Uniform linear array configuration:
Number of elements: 24
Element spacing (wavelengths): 1
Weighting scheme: kaiser
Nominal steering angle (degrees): -15
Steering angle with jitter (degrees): -14.504
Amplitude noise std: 0.05
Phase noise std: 0.05

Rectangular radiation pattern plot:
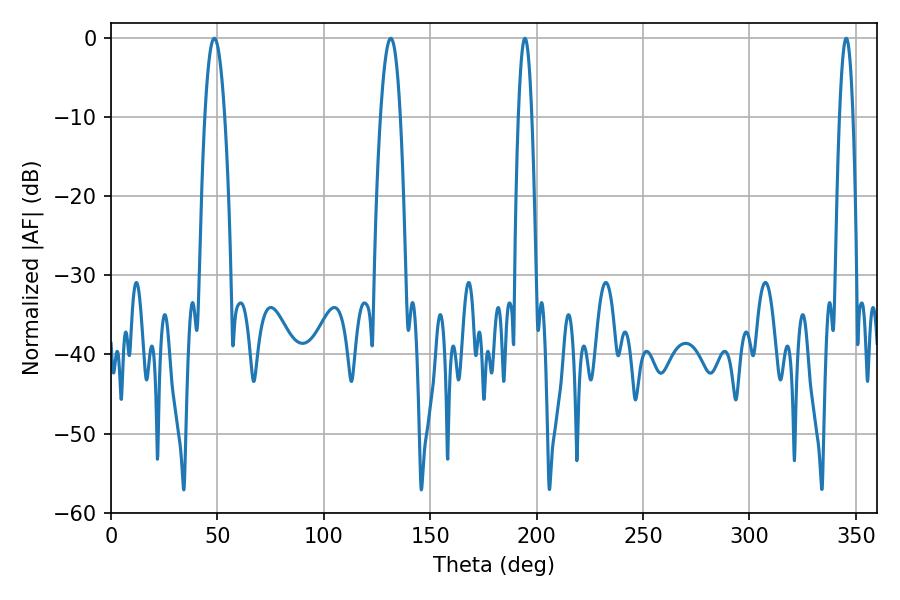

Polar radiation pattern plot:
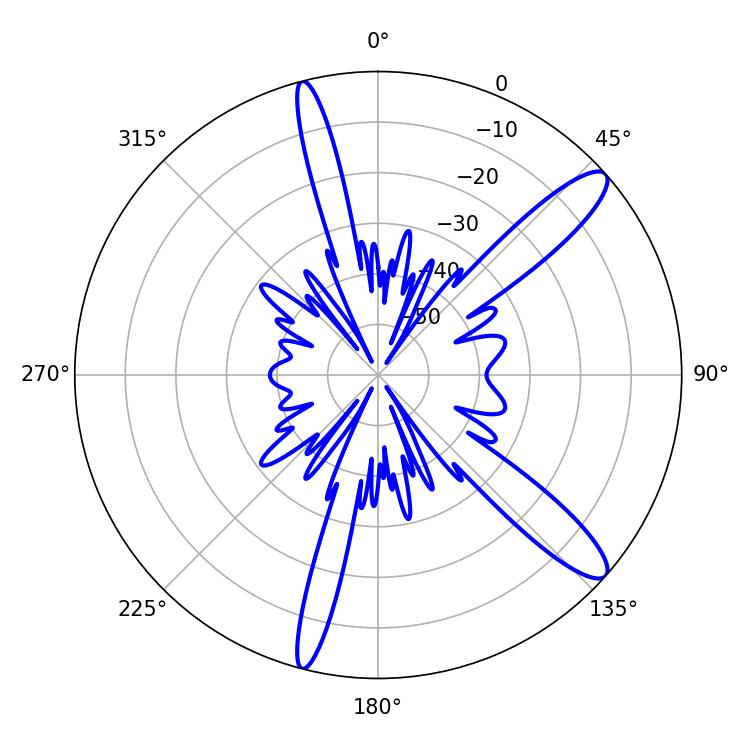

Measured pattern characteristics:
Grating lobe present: TRUE
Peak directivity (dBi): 12.501
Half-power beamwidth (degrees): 5.04
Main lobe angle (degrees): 131.4